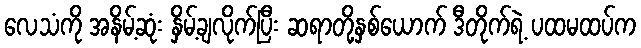
လေသံကို အနိမ့်ဆုံး နှိမ့်ချလိုက်ပြီး ဆရာတို့နှစ်ယောက် ဒီတိုက်ရဲ့ ပထမထပ်က